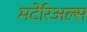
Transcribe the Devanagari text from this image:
मटेरिअल्स